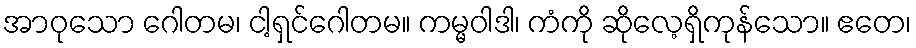
အာဝုသော ဂေါတမ၊ ငါ့ရှင်ဂေါတမ။ ကမ္မဝါဒါ၊ ကံကို ဆိုလေ့ရှိကုန်သော။ ဧတေ၊